Medical and sanitary report of the native army of Madras for the year
Year: 1877
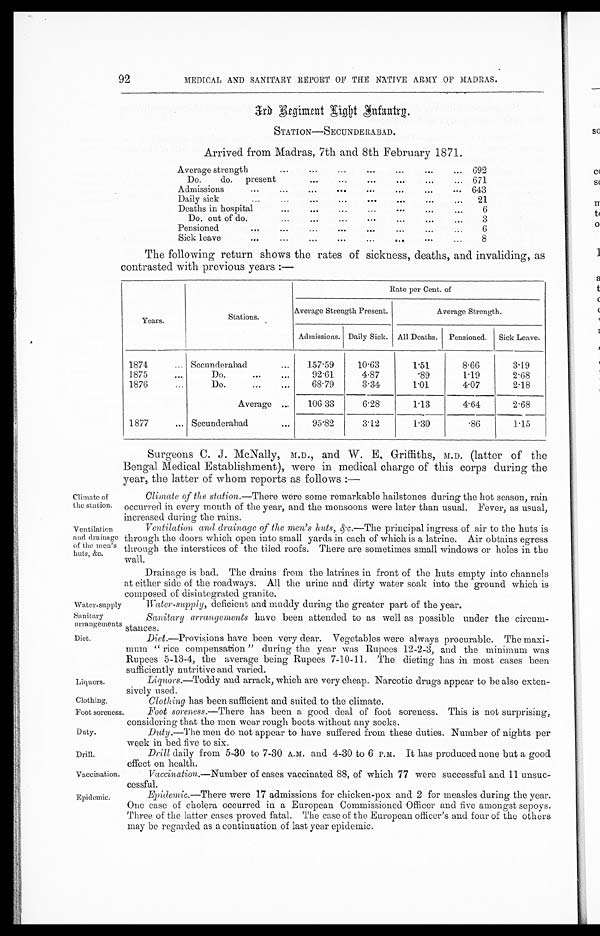
Climate of
the station.
Ventilation
and drainage
of the men's
huts, &c.
Water-supply
Sanitary
arrangements
Diet.
Liquors.
Clothing.
Foot sorenes
Duty.
Drill.
Vaccination.
Epidemic.
Surgeons C. J. McNally, M.D., and W. E. Griffiths, M.D. (latter of the
Bengal Medical Establishment), were in medical charge of this corps during the
year, the latter of whom reports as follows :-
Climate of the station.—There were some remarkable hailstones during the hot season, rain
occurred in every month of the year, and the monsoons were later than usual. Fever, as usual,
increased during the rains.
92
MEDICAL AND SANITARY REPORT OF THE NATIVE ARMY OF MADRAS.
3rd Regiment Right Infantry.
STATION—SECUNDERABAD.
Arrived from Madras, 7th and 8th February 1871.
Average strength
...
...
... ... 692
Do.
do.
present
...
...
...
...
... 671
Admissions...
...
...
...
...
... 643
Daily sick...
...
...
...
...
...
...
21
Deaths in hospital...
...
...
...
...
...
...
6
Do. out of do.
...
...
...
...
...
3
Pensioned
... ...
...
...
...
...
6
Sick leave
...
...
. . . ...
8
The following return shows the rates of sickness, deaths, and invaliding, as
contrasted with previous years :—
Years.
Rate per Cent. of
Stations.
Average Strength Present.
Average Strength.
Admissions. Daily Sick. All Deaths.
Pensioned.
Sick Leave.
1874
... Secunderabad
...
157 59
10.63
1.51
8.66
3.19
1875
...
Do.
...
. . .
92 61
4.87
89
1.19
2.68
1876
Do.
...
...
68.79
3 34
1.01
4 07
2.18
Average ...
10633
6.28
113
4.64
2.68
1877
... Secunderabad
. . .
95.82
3 12
1.30
.86
1.15
Ventilation and drainage of the men's huts, &c.—The principal ingress of air to the huts is
through the doors which open into small yards in each of which is a latrine. Air obtains egress
through the interstices of the tiled roofs. There are sometimes small windows or holes in the
wall.
Drainage is bad. The drains from the latrines in front of the huts empty into channels
at either side of the roadways. All the urine and dirty water soak into the ground which is
composed of disintegrated granite.
Water-supply, deficient and muddy during the greater part of the year.
Sanitary arrangements have been attended to as well as possible under the circum
-stances.
Diet .—Provisions have been very dear. Vegetables were always procurable. The maxi
-mum "rice compensation" during the year was Rupees 12-2-3, and the minimum was
Rupees 5-13-4, the average being Rupees 7-10-11. The dieting has in most cases been
sufficiently nutritive and varied.
Liquors .—Toddy and arrack, which are very cheap. Narcotic drugs appear to be also exten
-sively used.
Clothing has been sufficient and suited to the climate.
Foot soreness.—There has been a good deal of foot soreness. This is not surprising,
considering that the men wear rough boots without any socks.
Duty .—The men do not appear to have suffered from these duties. Number of nights per
week in bed five to six.
Drill daily from 5-30 to 7-30 A.M. and 4-30 to 6 P.M. It has produced none but a good
effect on health.
Vaccination.—Number of cases vaccinated 88, of which 77 were successful and 11 unsuc
-cessful.
Epidemic.—There.were 17 admissions for chicken-pox and 2 for measles during the year.
One case of cholera occurred in a European Commissioned Officer and live amongst sepoys.
Three of the latter cases proved fatal. The case of the European officer's and four of the others
may be regarded as a continuation of last year epidemic.